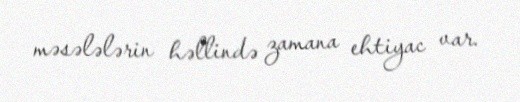
məsələlərin həllində zamana ehtiyac var.